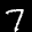
Label: 7